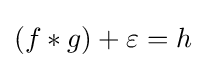
(f*g)+\varepsilon =h